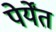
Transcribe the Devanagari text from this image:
पेर्येंत